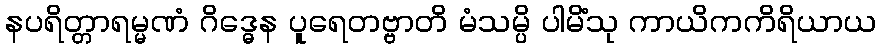
နပရိတ္တာရမ္မဏံ ဂိဒ္ဓေန ပူရေတဗ္ဗာတိ မံသမ္ပိ ပါမိံသု ကာယိကကိရိယာယ